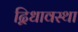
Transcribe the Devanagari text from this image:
द्विधावस्था